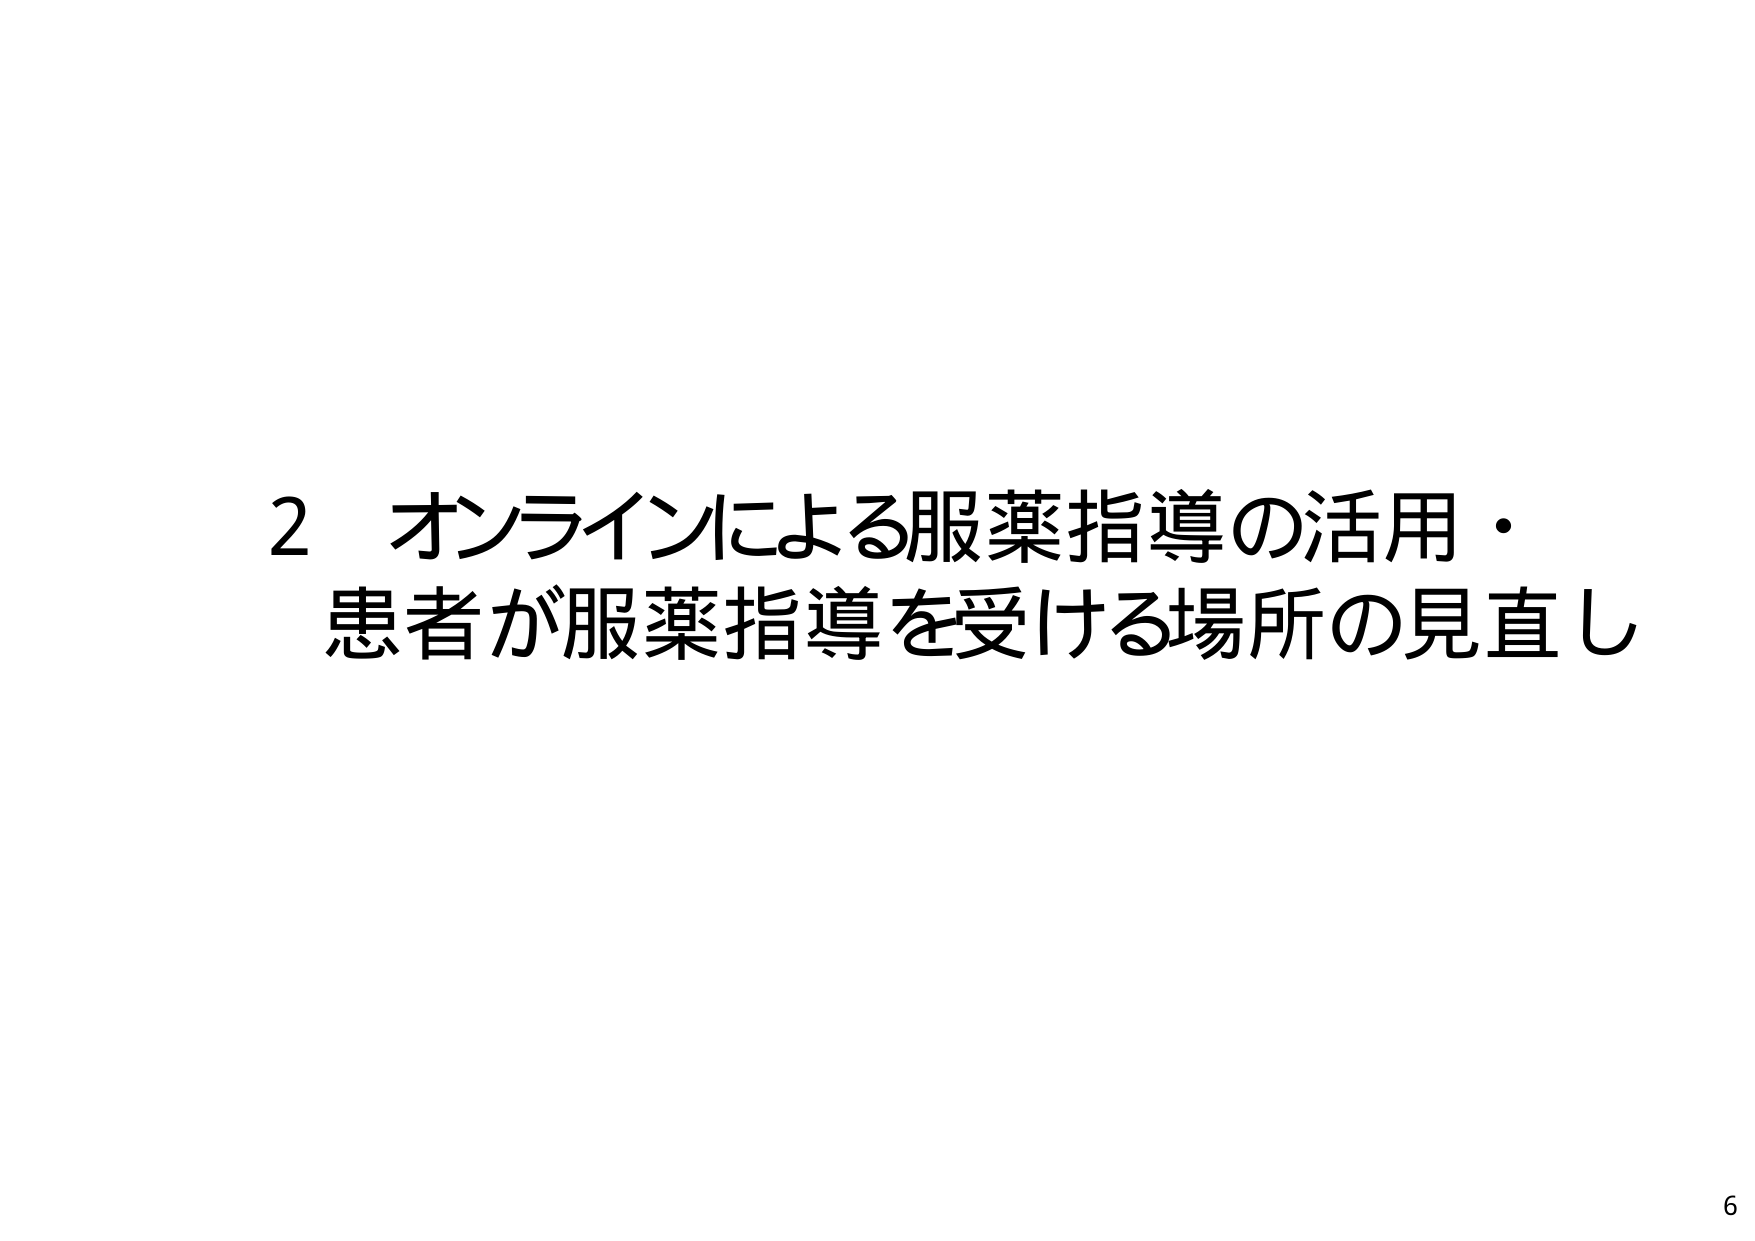
2 オンラインによる服薬指導の活用・
患者が服薬指導を受ける場所の見直し
6